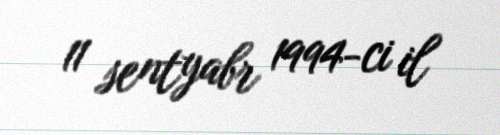
11 sentyabr 1994-ci il